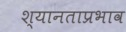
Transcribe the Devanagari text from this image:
श्यानताप्रभाव